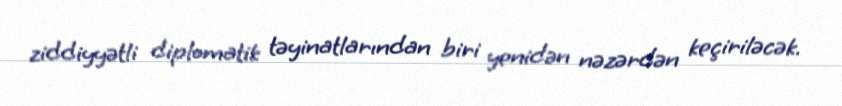
ziddiyyətli diplomatik təyinatlarından biri yenidən nəzərdən keçiriləcək.